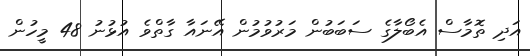
އަދި ތޮމާސް އެބޯލާގެ ސަބަބުން މަރުވުމުން އޭނައާ ގާތްވެ އުޅުނު 48 މީހުން